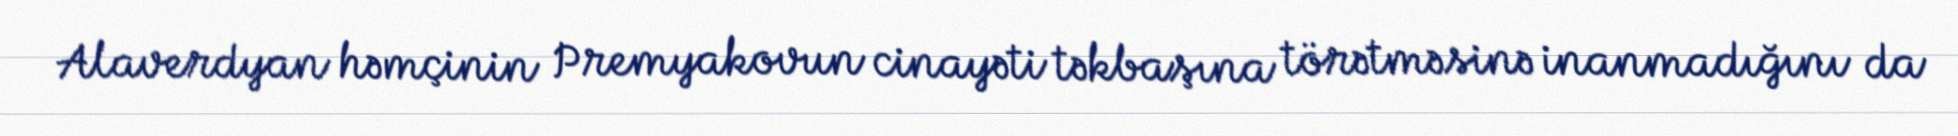
Alaverdyan həmçinin Premyakovun cinayəti təkbaşına törətməsinə inanmadığını da